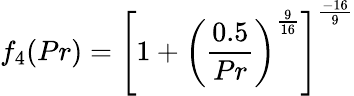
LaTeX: f_{4}(Pr)=\left[1+\left({\frac{0.5}{Pr}}\right)^{\frac{9}{16}}\right]^{\frac{-16}{9}}